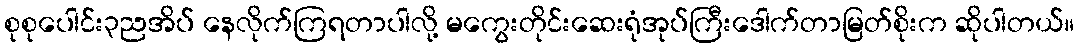
စုစုပေါင်း၃ညအိပ် နေလိုက်ကြရတာပါလို့ မကွေးတိုင်းဆေးရုံအုပ်ကြီးဒေါက်တာမြတ်စိုးက ဆိုပါတယ်။